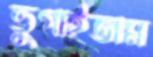
ভুগাইতাম